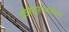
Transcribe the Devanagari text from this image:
प्रवेशद्वारापाशीच